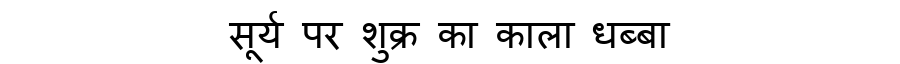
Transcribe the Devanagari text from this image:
सूर्य पर शुक्र का काला धब्बा